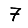
Digit: 7